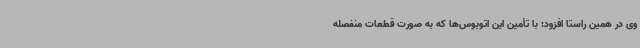
وی در همین راستا افزود: با تأمین این اتوبوس‌ها که به صورت قطعات منفصله